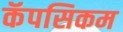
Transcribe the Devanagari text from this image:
कॅपसिकम